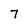
Character: 7